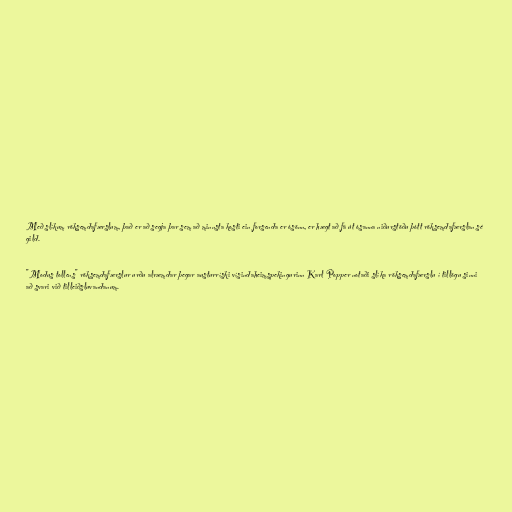
Með slíkum röksemdafærslum, það er að segja þar sem að minnsta kosti ein forsenda er ósönn, er hægt að fá út ósanna niðurstöðu þótt röksemdafærslan sé
gild.

"Modus tollens" röksemdafærslur urðu alræmdar þegar austurríski vísindaheimspekingurinn Karl Popper notaði slíka röksemdafærslu í tillögu sinni
að svari við tilleiðsluvandanum.